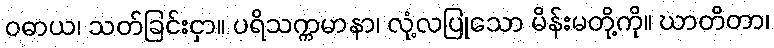
ဝဓာယ၊ သတ်ခြင်းငှာ။ ပရိသက္ကမာနာ၊ လုံ့လပြုသော မိန်းမတို့ကို။ ဃာတိတာ၊